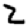
Digit: 2